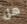
هل